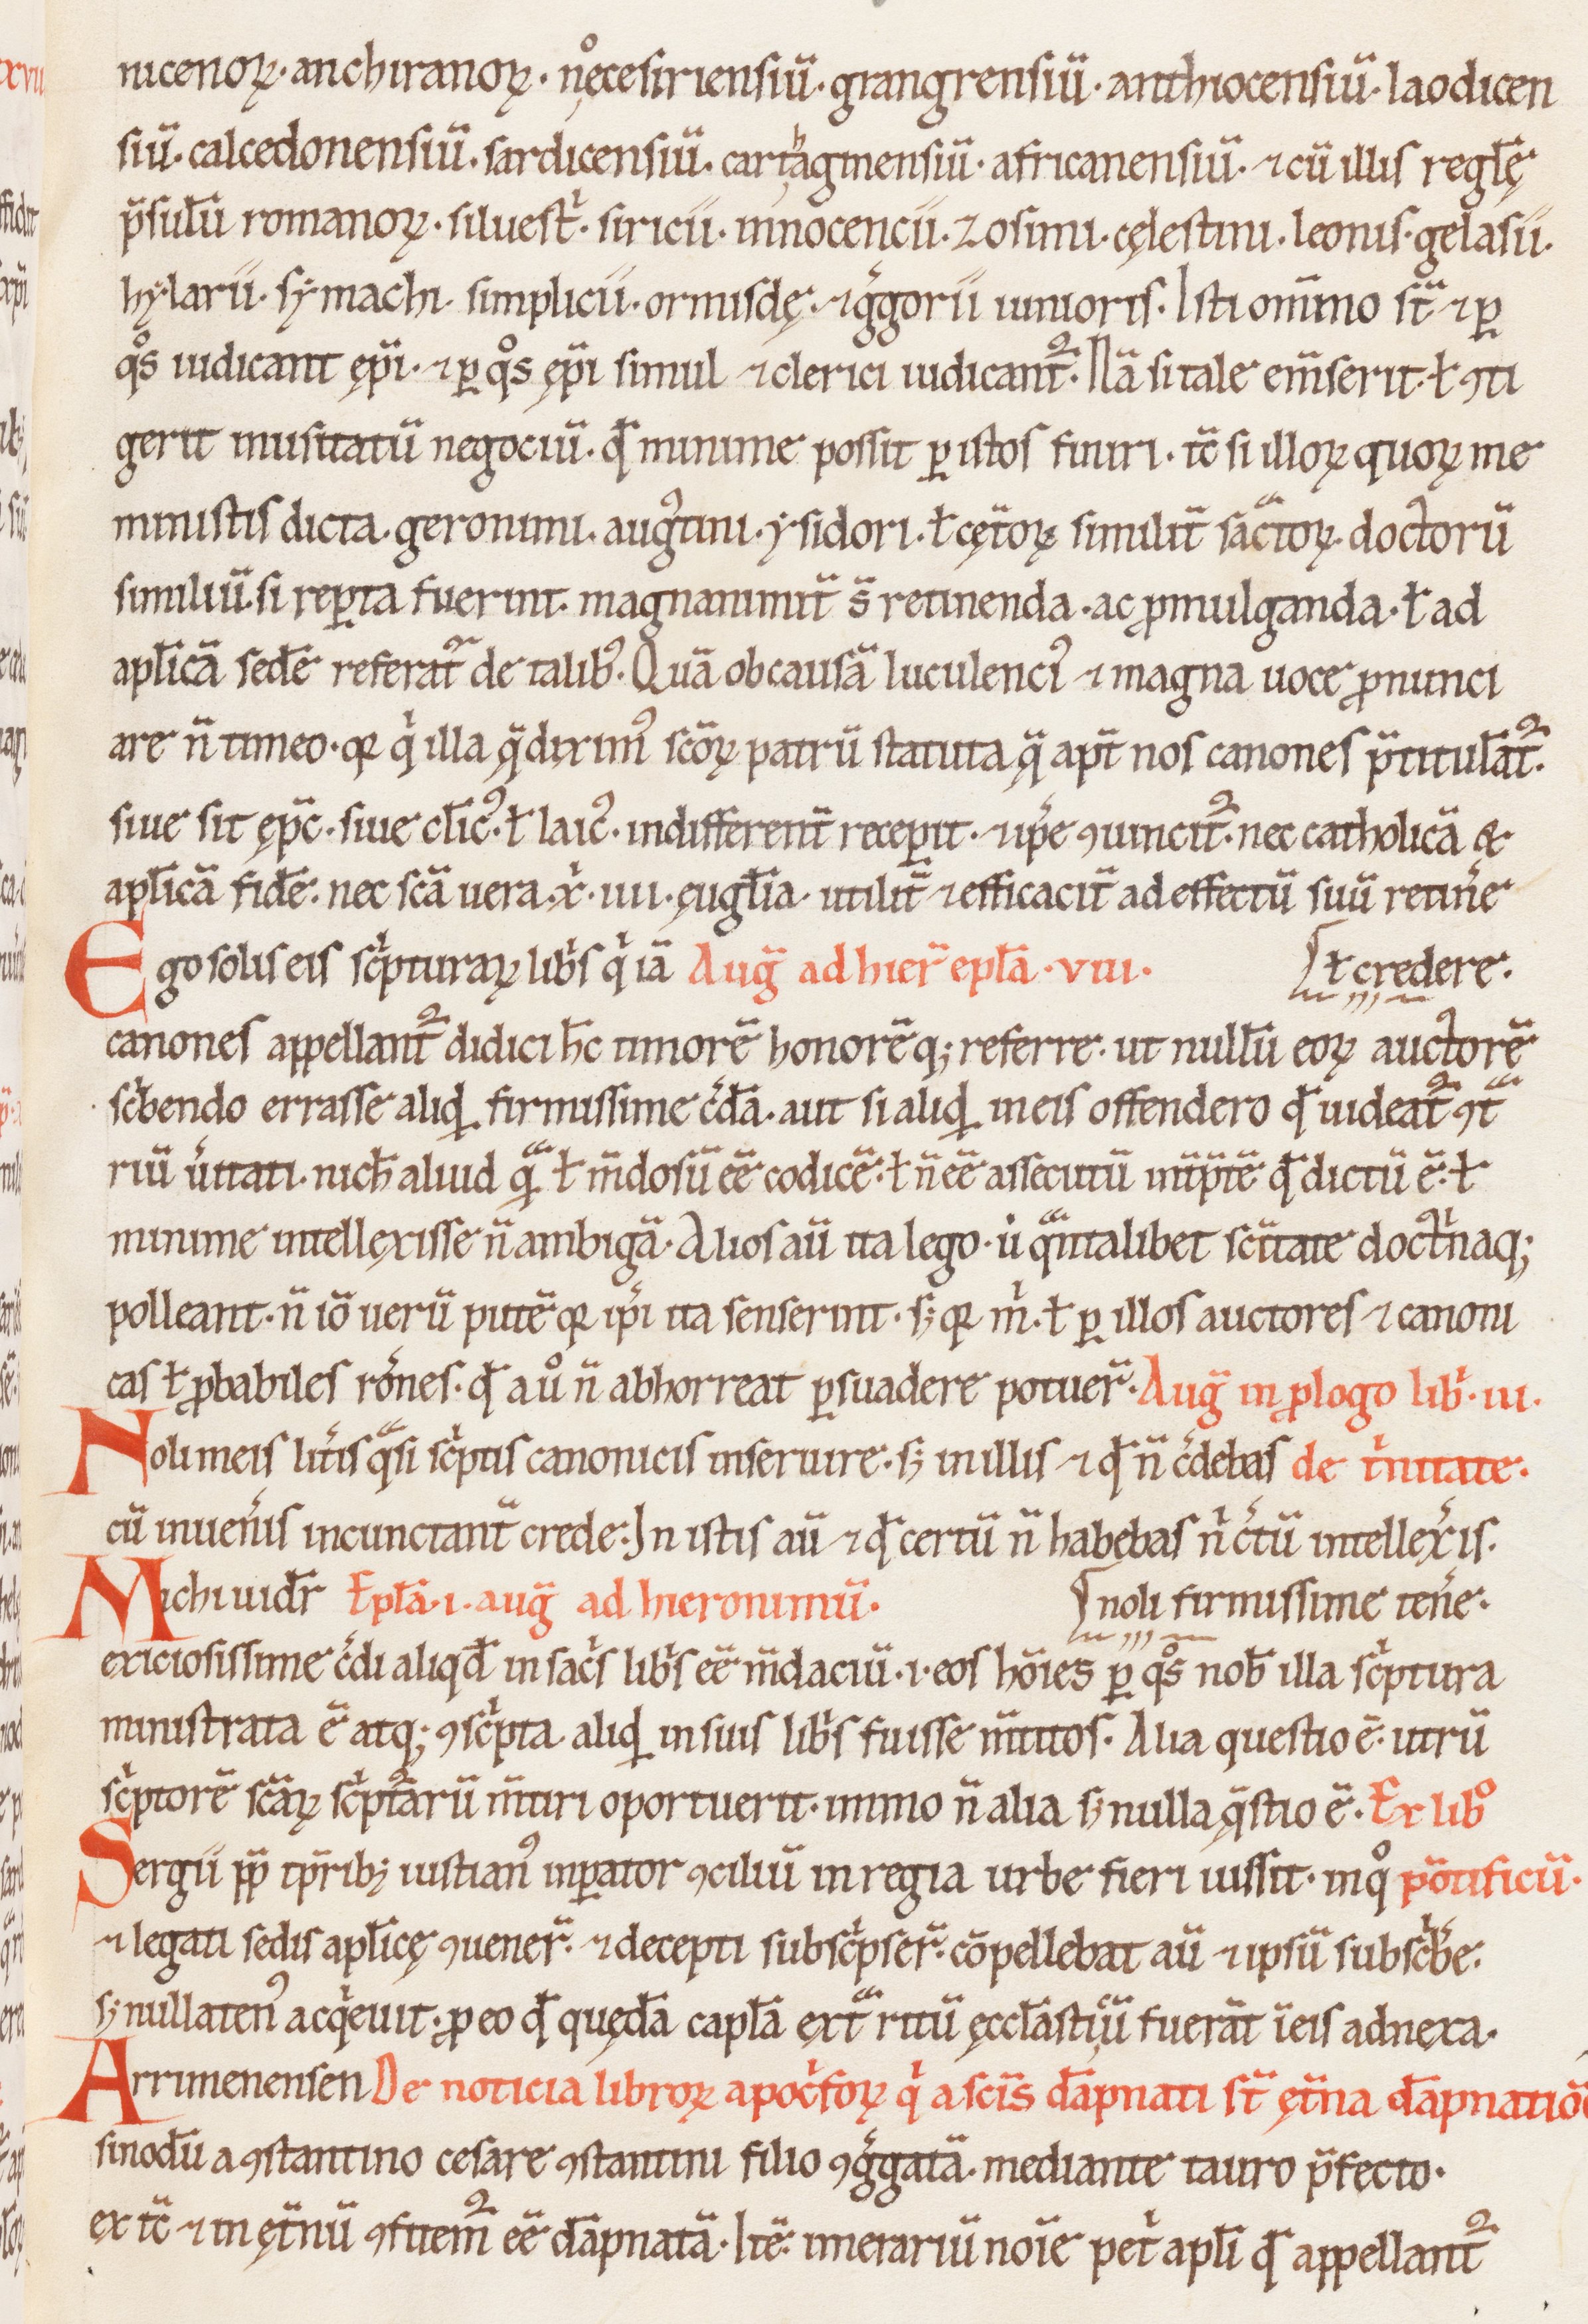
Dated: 1100–1199